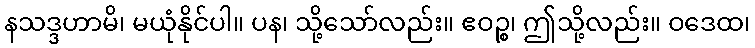
နသဒ္ဒဟာမိ၊ မယုံနိုင်ပါ။ ပန၊ သို့သော်လည်း။ ဧဝဉ္စ၊ ဤသို့လည်း။ ဝဒေထ၊